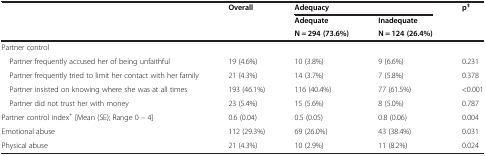
|  | Overall | <COLSPAN=2> Adequacy | p‡ |
 | <ROWSPAN=2>  | <ROWSPAN=2>  | Adequate | Inadequate | <ROWSPAN=2>  |
 | N = 294 (73.6%) | N = 124 (26.4%) |
 | --- | --- | --- | --- | --- |
 | Partner control |  |  |  |  |
 | Partner frequently accused her of being unfaithful | 19 (4.6%) | 10 (3.8%) | 9 (6.6%) | 0.231 |
 | Partner frequently tried to limit her contact with her family | 21 (4.3%) | 14 (3.7%) | 7 (5.8%) | 0.378 |
 | Partner insisted on knowing where she was at all times | 193 (46.1%) | 116 (40.4%) | 77 (61.5%) | <0.001 |
 | Partner did not trust her with money | 23 (5.4%) | 15 (5.6%) | 8 (5.0%) | 0.787 |
 | Partner control index+ [Mean (SE); Range 0 – 4] | 0.6 (0.04) | 0.5 (0.05) | 0.8 (0.06) | 0.004 |
 | Emotional abuse | 112 (29.3%) | 69 (26.0%) | 43 (38.4%) | 0.031 |
 | Physical abuse | 21 (4.3%) | 10 (2.9%) | 11 (8.2%) | 0.024 |